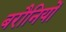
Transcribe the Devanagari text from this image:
बरौनियों